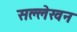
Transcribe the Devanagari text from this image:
सल्लेखन